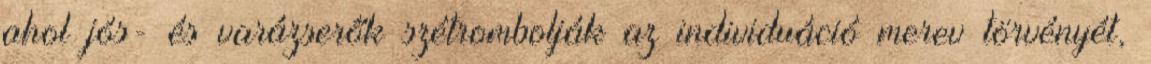
ahol jós- és varázserők szétrombolják az individuáció merev törvényét,